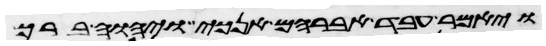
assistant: ויאמר עבד אברהם אנכי ויהוה ברך